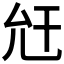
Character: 𢆋